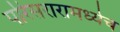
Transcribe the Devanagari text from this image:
परिसरारामध्येच